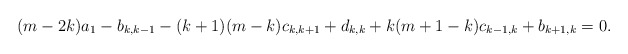
\begin{align*} (m-2k)a_{1}-b_{k,k-1}-(k+1)(m-k)c_{k,k+1}+d_{k,k}+k(m+1-k)c_{k-1,k}+b_{k+1,k}=0.\end{align*}